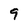
Character: 9